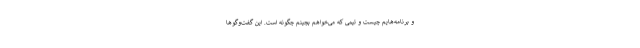
و برنامه‌هایم چیست و تیمی که می‌خواهم بچینم چگونه است. این گفت‌وگوها